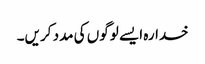
خدارہ ایسے لوگوں کی مدد کریں۔